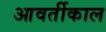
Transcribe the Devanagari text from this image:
आवर्तीकाल